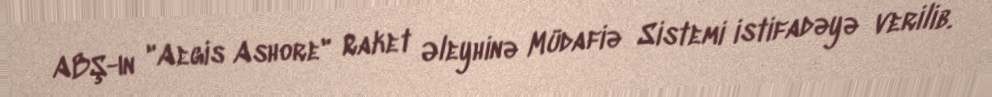
ABŞ-ın "Aegis Ashore" Raket Əleyhinə Müdafiə Sistemi istifadəyə verilib.